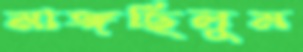
মাঙ্গছিলুম